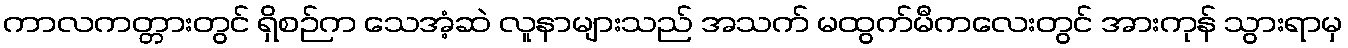
ကာလကတ္တားတွင် ရှိစဉ်က သေအံ့ဆဲ လူနာများသည် အသက် မထွက်မီကလေးတွင် အားကုန် သွားရာမှ